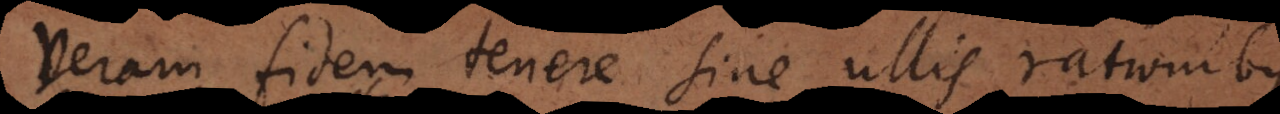
veram fidem tenere sine ullis rationibu